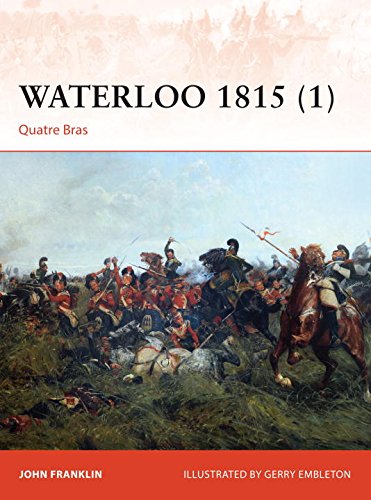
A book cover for Waterloo 1815 (1): Quatre Bras; John Franklin; History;